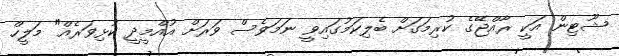
ޝޫޓިން އަކީ ރާއްޖޭގެ ކުރިމަގަށް ބެލިކަމުގައިވީ ނަމަވެސް ވަރަށް އުއްމީދީ ކުޅިވަރެއް" މަލީހް